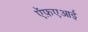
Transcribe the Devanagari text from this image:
ऍफ़एआई